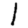
Digit: 1